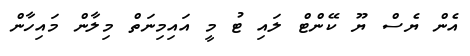
އެން ޔެސް ޔޫ ކޭންޓް ލައި ޓު މީ އައިމިނަތް މިލާން މައިހާން